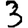
Digit: 3